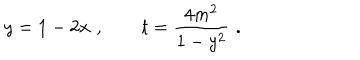
y = 1 - 2 x \, \, , \qquad t = \frac { 4 m ^ { 2 } } { 1 - y ^ { 2 } } \, \, .